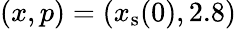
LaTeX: (x,p)=(x_{\mathrm{s}}(0),2.8)